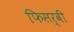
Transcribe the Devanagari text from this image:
फिसर्वी